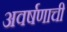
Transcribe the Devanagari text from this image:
अवर्षणाची